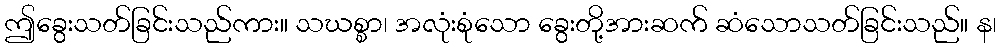
ဤခွေးသတ်ခြင်းသည်ကား။ သဃစ္စာ၊ အလုံးစုံသော ခွေးတို့အားဆက် ဆံသောသတ်ခြင်းသည်။ န၊